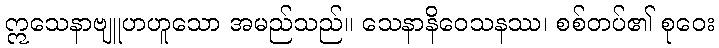
ဣသေနာဗျူဟဟူသော အမည်သည်။ သေနာနိဝေသနဿ၊ စစ်တပ်၏ စုဝေး